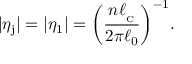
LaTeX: \vert \eta _ { \mathrm { j } } \vert = \vert \eta _ { 1 } \vert = \biggl ( \frac { n \ell _ { _ \mathrm { C } } } { 2 \pi \ell _ { 0 } } \biggl ) ^ { - 1 } .